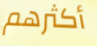
أكثرهم